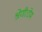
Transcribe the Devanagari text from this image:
श्रेणीःरोम